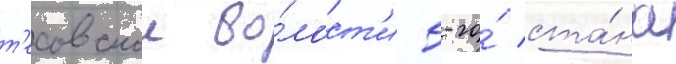
т'есовскои во́лост'и 5-го́ ста́на